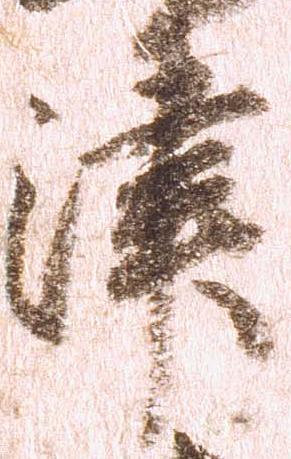
津